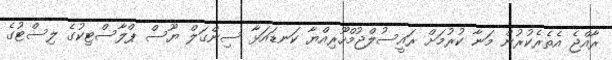
ރާއްޖެ އެތެރެކުރުން މަނާ ކުރުމަށް ރައީސުލްޖުމްހޫރިއްޔާ ކަނޑައަޅާ ސިންގަލް ޔޫސް ޕްލާސްޓިކުގެ ލިސްޓުގެ